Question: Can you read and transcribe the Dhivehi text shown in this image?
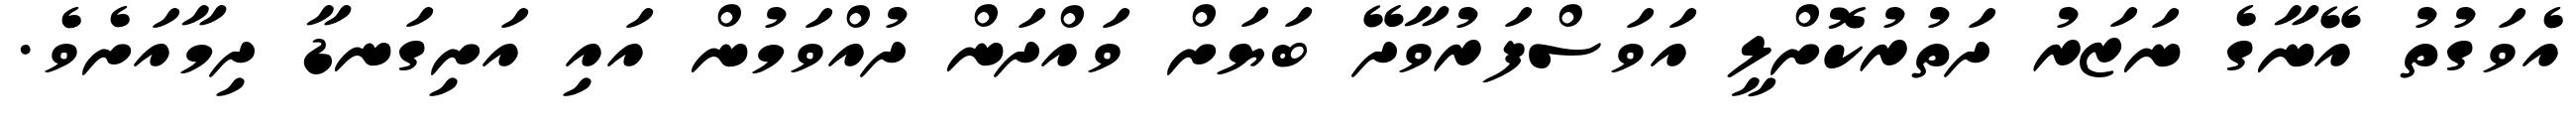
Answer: އެވަގުތު އޭނާގެ ނަޒަރު ދަތުރުކޮށްލީ އަވަސްފަރުވާދޭ ބަޔަށް ވައްދަން ދުއްވަމުން އައި އަށިގަނޑާ ދިމާއަށެވެ.